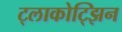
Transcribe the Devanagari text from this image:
ट्लाकोट्झिन